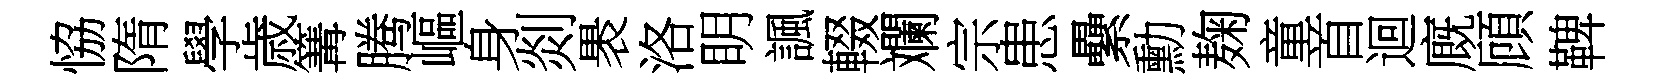
恊隋學歳篝腾嶇身剡褁洛眀諷輟斕宗患纍勳麹童首迴廐頋鞞